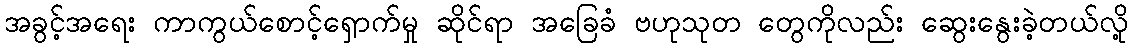
အခွင့်အရေး ကာကွယ်စောင့်ရှောက်မှု ဆိုင်ရာ အခြေခံ ဗဟုသုတ တွေကိုလည်း ဆွေးနွေးခဲ့တယ်လို့